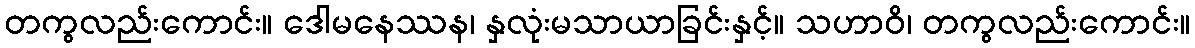
တကွလည်းကောင်း။ ဒေါမနေဿန၊ နှလုံးမသာယာခြင်းနှင့်။ သဟာဝိ၊ တကွလည်းကောင်း။